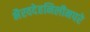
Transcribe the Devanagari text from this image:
भैरवदेहनिलीनपरे